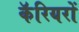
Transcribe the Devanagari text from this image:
कॅरियरों